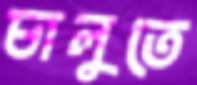
চালুতে